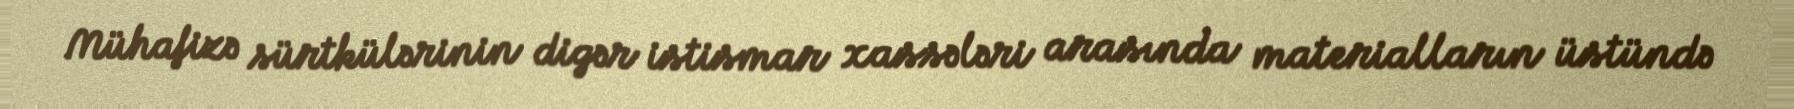
Mühafizə sürtkülərinin digər istismar xassələri arasında materialların üstündə